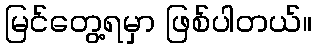
မြင်တွေ့ရမှာ ဖြစ်ပါတယ်။